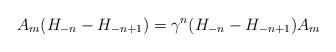
LaTeX: \begin{align*}A_m (H_{-n} - H_{-n+1}) = \gamma^n (H_{-n} - H_{-n+1}) A_m \end{align*}